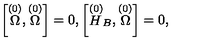
\left[ \stackrel { ( 0 ) } { \Omega } , \stackrel { ( 0 ) } { \Omega } \right] = 0 , \left[ \stackrel { ( 0 ) } { H } _ { B } , \stackrel { ( 0 ) } { \Omega } \right] = 0 ,